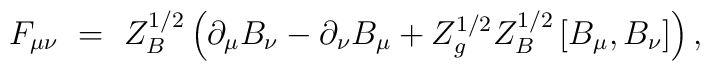
F_{\mu\nu} \ =\ Z_B^{1/2} \left(\partial_\mu B_\nu -                                 \partial_\nu B_\mu +                Z_g^{1/2} Z_B^{1/2} \left[B_\mu,B_\nu \right]\right),